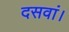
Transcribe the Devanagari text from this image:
दसवां।